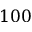
1 0 0